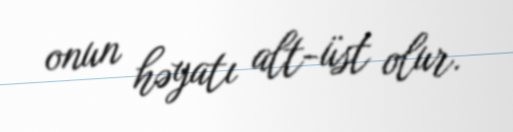
onun həyatı alt-üst olur.